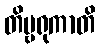
တိမ္ဗရုကာတိ